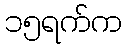
၁၅ရက်က